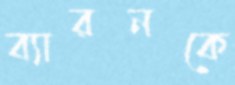
ব্যারনকে